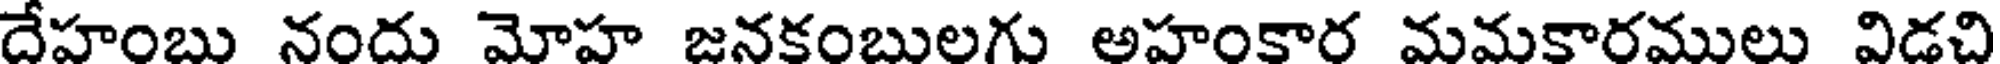
దేహంబు నందు మోహ జనకంబులగు అహంకార మమకారములు విడచి